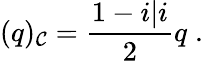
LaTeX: (q)_{\cal C}=\frac{1-i\vert i}{2}q\; .